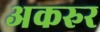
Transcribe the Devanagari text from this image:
अकरुर